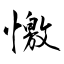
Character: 憿